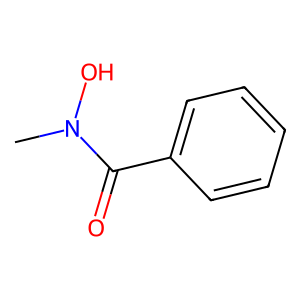
SMILES: CN(O)C(=O)c1ccccc1
Inhibits HIV replication: No